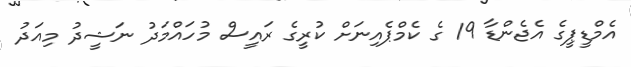
އެމްޑީޕީގެ އެޖެންޑާ 19 ގެ ކެމްޕެއިނަށް ކުރީގެ ރައީސް މުހައްމަދު ނަޝީދު މިއަދު